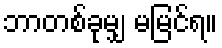
ဘာတစ်ခုမျှ မမြင်ရ။